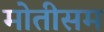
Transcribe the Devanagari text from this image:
मोतीसम